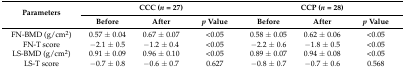
| <ROWSPAN=2> Parameters | <COLSPAN=3> CCC (n = 27) | <COLSPAN=3> CCP (n = 28) |
 | Before | After | p Value | Before | After | p Value |
 | --- | --- | --- | --- | --- | --- | --- |
 | FN-BMD (g/cm2) | 0.57 ± 0.04 | 0.67 ± 0.07 | <0.05 | 0.58 ± 0.05 | 0.62 ± 0.06 | <0.05 |
 | FN-T score | −2.1 ± 0.5 | −1.2 ± 0.4 | <0.05 | −2.2 ± 0.6 | −1.8 ± 0.5 | <0.05 |
 | LS-BMD (g/cm2) | 0.91 ± 0.09 | 0.96 ± 0.10 | <0.05 | 0.89 ± 0.07 | 0.94 ± 0.08 | <0.05 |
 | LS-T score | −0.7 ± 0.8 | −0.6 ± 0.7 | 0.627 | −0.8 ± 0.7 | −0.7 ± 0.6 | 0.568 |